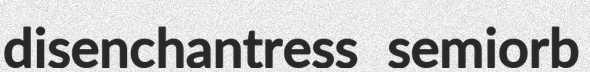
disenchantress semiorb